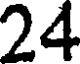
24